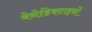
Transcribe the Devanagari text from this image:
बेनेडिक्टाइनों